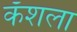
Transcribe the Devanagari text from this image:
कॅशला